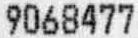
9068477